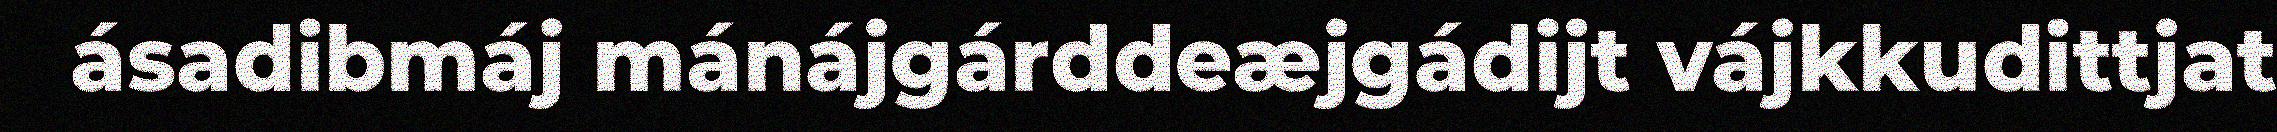
ásadibmáj mánájgárddeæjgádijt vájkkudittjat